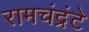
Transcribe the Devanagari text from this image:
रामचंद्रंटे